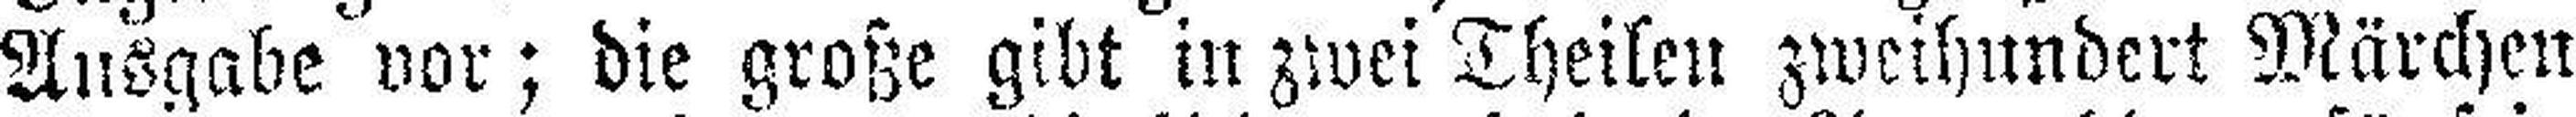
Ausgabe vor; die große gibt in zwei Theilen zweihundert Märchen